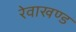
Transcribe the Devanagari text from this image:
रेवाखण्ड